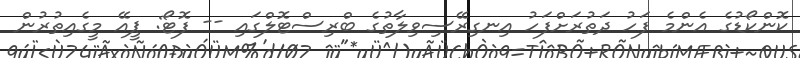
ކޮންކޯޑުގެ އެންމެ ފަހު ދަތުރަށްފަހު އިނގިރޭސިވިލާތުގެ ބްރިސްޓޮލްގައި -- ފޮޓޯ: ޕީއޭ މީގެއިތުރުން